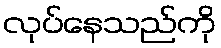
လုပ်နေသည်ကို